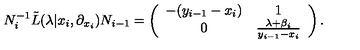
N _ { i } ^ { - 1 } { \tilde { L } } ( \lambda | x _ { i } , \partial _ { x _ { i } } ) N _ { i - 1 } = \left( \begin{array} { c c } { - ( y _ { i - 1 } - x _ { i } ) } & { 1 } \\ { 0 } & { \frac { \lambda + \beta _ { i } } { y _ { i - 1 } - x _ { i } } } \\ \end{array} \right) .